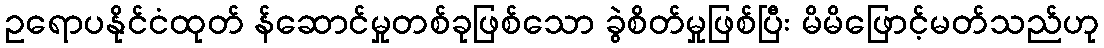
ဥရောပနိုင်ငံထုတ် န်ဆောင်မှုတစ်ခုဖြစ်သော ခွဲစိတ်မှုဖြစ်ပြီး မိမိဖြောင့်မတ်သည်ဟု